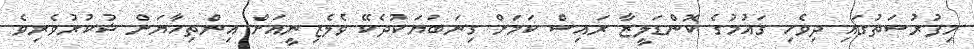
މިފުރުސަތުގައި ދިވެހި ގައުމުގެ ކޮންޑަލީޒާ ރައިސް ކަމަށް ގިނަބަޔަކުދެކޭ ވެލެޒިނީއަށް އިންތިހާޔަށް ޝުކުރުވެރިވެ